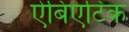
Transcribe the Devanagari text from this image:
ऐबिएटिक